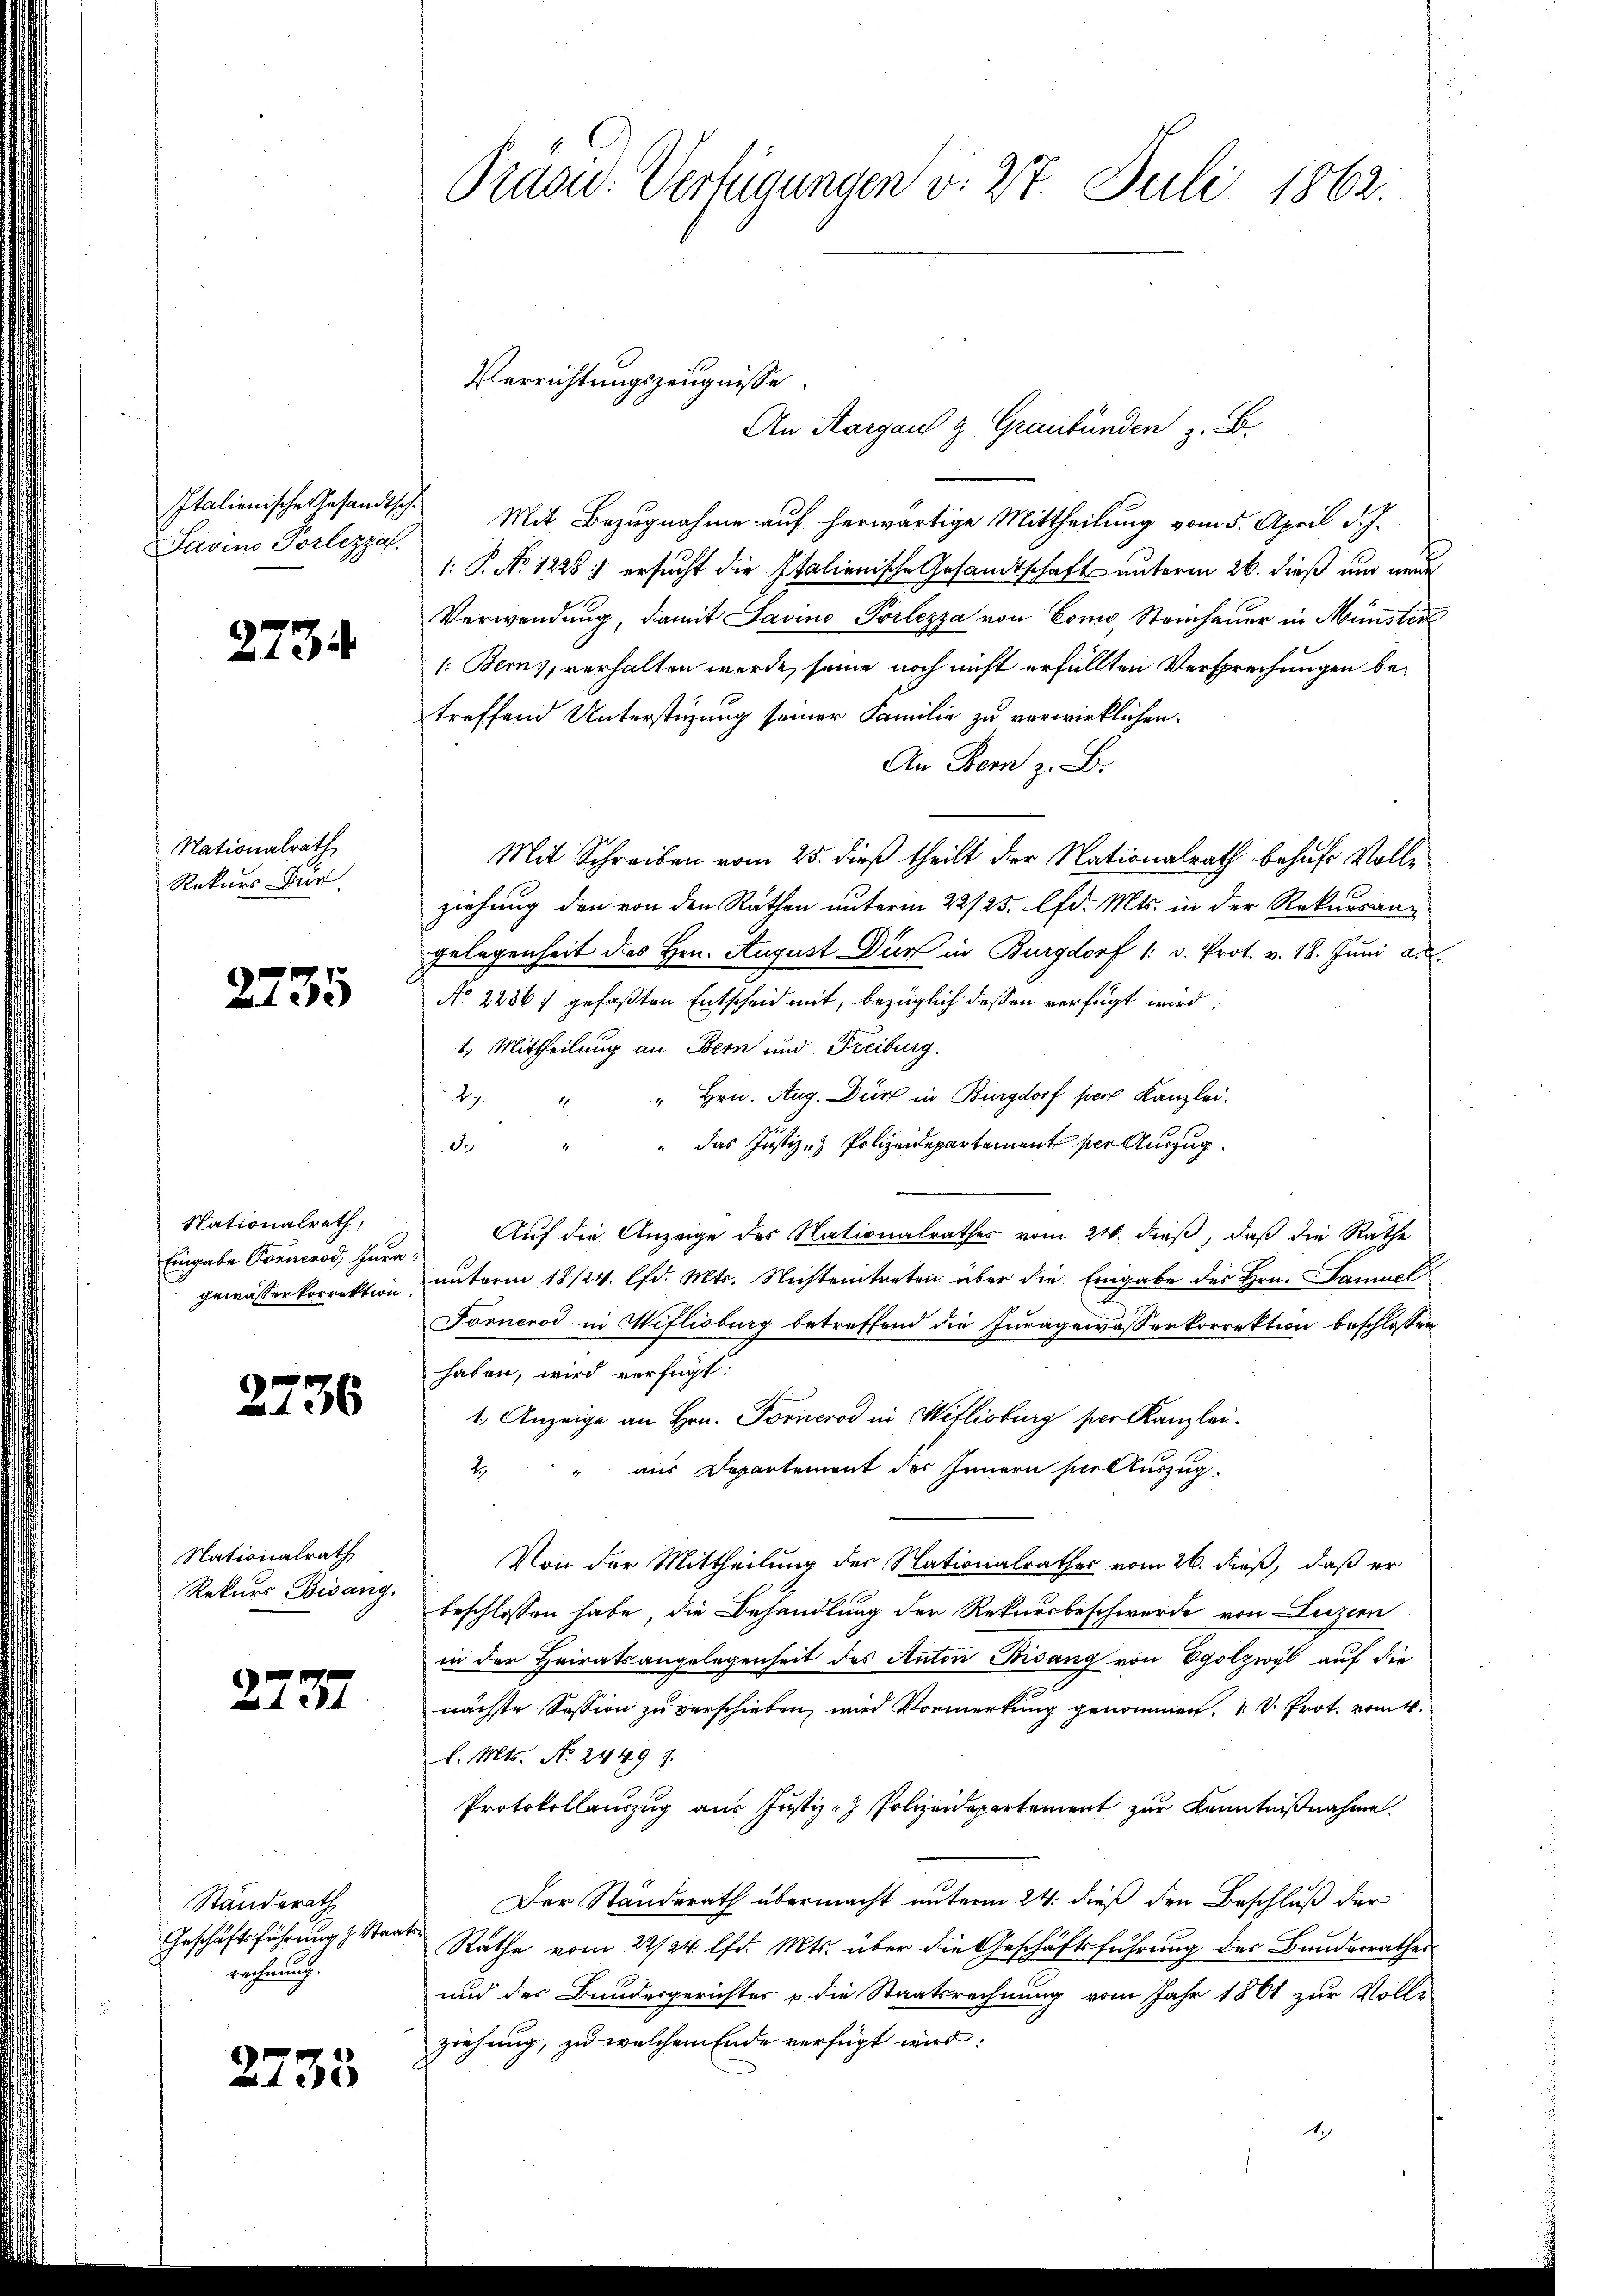
Javino Portezza

2734

Nationalrath
Rekurs Für

2735

Nationalrath,
Eingabe Formenod, Jura,
gewässerkorrektion

2736

Nationalrath,
Rekurs Bisang.

2231

Standerath
Geschäftsführung z. Staat
rechnung.

2733

Prasw. Verfügungen v. 27. Juli 1862.

Italienische Gesandtsche Mit Bezugnahme auf herwärtige Mittheilung vom 5. April d. J.
: P. No. 1226) ersucht die Italienische Gesandtschaft unterm 26. dieß und neue
Verwendung, damit Savino Pörlezza von Como, Steinhauer in Münster
/: Berns, verhalten wurde, seine noch nicht erfüllten Versprechungen betreffend Unterstüzung seiner Familie zu verwirklichen.
An Bern z. B.
Mit Schreiben vom 25. dieß theilt der Nationalrath behufs Vollziehung den von den Rathen unterm 22/25. d. Mts. in der Rekursangelegenheit des Hrn. August Dir in Burgdorf 1. v. Prot. v. 18. Juni a. c.
No 2236 7 gefaßten Entscheid mit, bezüglich dessen verfügt wird:
1. Mittheilung an Bern und Freiburg.
" Hrn. Aug. Dir in Burgdorf per Kanzlei.
2
das Justiz- & Polizeidepartement per Auszug
2
Auf die Anzeige des Nationalrathes vom 21. dieß, daß die Rathe
unterm 18/24. lfd. Mts. Nichtentreten über die Eingabe des Hrn. Samuel
Fornerod in Weflisburg betreffend die Juragewasserkorrektion beschlossen
haben, wird verfügt:
1. Anzeige an Hrn. Forneros in Weflisburg per Kanzleiaus Departement des Innern hielturzug.
2
Von der Mittheilung der Nationalrathes vom 26. dieß, daß er
beschlossen habe, die Behandlung der Rekursbeschwerde von Luzern
in der Heiratsangelegenheit des Anton Bisang von Egolzwyl auf die
nächste Session zu verschieben, wird Vormerkung genommen, u. v. Prot. vom 4.
l. Mts. No. 2449 f.
Protokollauszug aus Justiz- Polizeidepartement zur Kenntnißnahme.
Der Standerath übermacht unterm 24. dieß den Beschluß der
Rathe vom 22/24. lfd. Mts. über die Geschäftsführung des Bunderrathes
und der Bundesgerichtes u die Staatsrechnung vom Jahr 1861 zur Volle
ziehung, zu welchem Ende verfügt wird:
1

Verrichtungszeugnisse.
An Margau & Graubünden z. B.